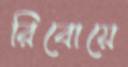
রিবোয়ে